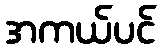
အကယ်ပင်